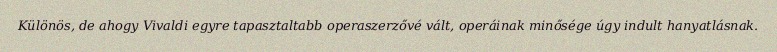
Különös, de ahogy Vivaldi egyre tapasztaltabb operaszerzővé vált, operáinak minősége úgy indult hanyatlásnak.